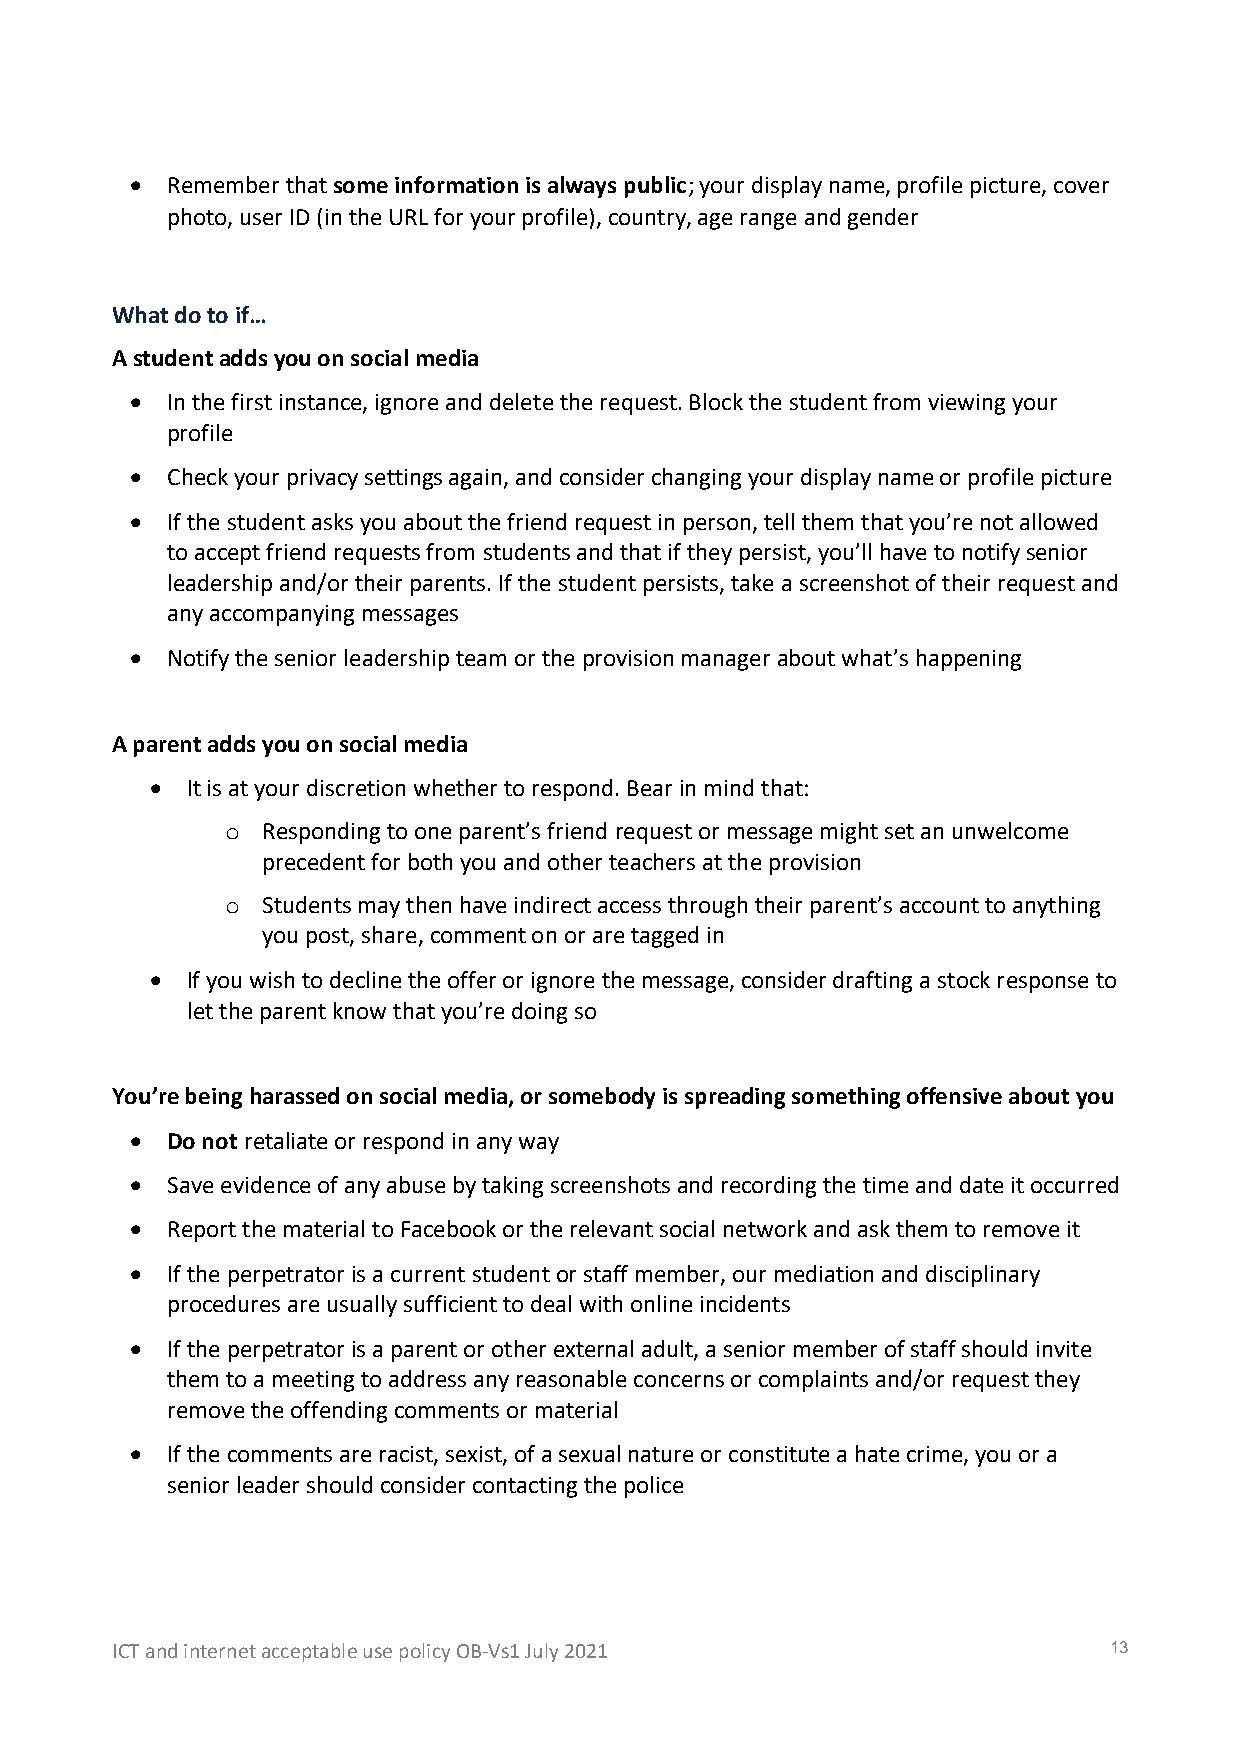
• Remember that some information is always public; your display name, profile picture, cover
 photo, user ID (in the URL for your profile), country, age range and gender
 What do to if…
 A student adds you on social media
 • In the first instance, ignore and delete the request. Block the student from viewing your
 profile
 • Check your privacy settings again, and consider changing your display name or profile picture
 • If the student asks you about the friend request in person, tell them that you’re not allowed
 to accept friend requests from students and that if they persist, you’ll have to notify senior
 leadership and/or their parents. If the student persists, take a screenshot of their request and
 any accompanying messages
 • Notify the senior leadership team or the provision manager about what’s happening
 A parent adds you on social media
 • It is at your discretion whether to respond. Bear in mind that:
 o Responding to one parent’s friend request or message might set an unwelcome
 precedent for both you and other teachers at the provision
 o Students may then have indirect access through their parent’s account to anything
 you post, share, comment on or are tagged in
 • If you wish to decline the offer or ignore the message, consider drafting a stock response to
 let the parent know that you’re doing so
 You’re being harassed on social media, or somebody is spreading something offensive about you
 • Do not retaliate or respond in any way
 • Save evidence of any abuse by taking screenshots and recording the time and date it occurred
 • Report the material to Facebook or the relevant social network and ask them to remove it
 • If the perpetrator is a current student or staff member, our mediation and disciplinary
 procedures are usually sufficient to deal with online incidents
 • If the perpetrator is a parent or other external adult, a senior member of staff should invite
 them to a meeting to address any reasonable concerns or complaints and/or request they
 remove the offending comments or material
 • If the comments are racist, sexist, of a sexual nature or constitute a hate crime, you or a
 senior leader should consider contacting the police
 ICT and internet acceptable use policy OB-Vs1 July 2021           13